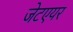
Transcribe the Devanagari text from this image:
जेटएयर